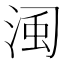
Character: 𣷋